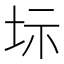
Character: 𡊆